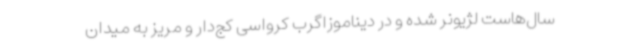
سال‌هاست لژیونر شده و در دیناموزاگرب کرواسی کج‌دار و مریز به میدان